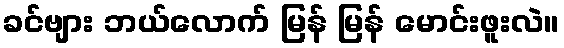
ခင်ဗျား ဘယ်လောက် မြန် မြန် မောင်းဖူးလဲ။